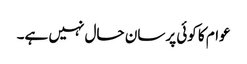
عوام کا کوئی پرسان حال نہیں ہے۔